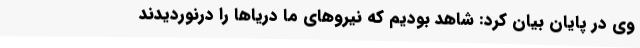
وی در پایان بیان کرد: شاهد بودیم که نیروهای ما دریاها را درنوردیدند